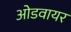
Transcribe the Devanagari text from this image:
ओडवायर